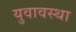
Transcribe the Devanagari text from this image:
युवावस्‍था